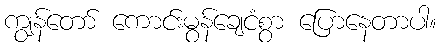
ကျွန်တော် ကောင်းမွန်ချေငံစွာ ပြောနေတာပါ။